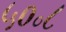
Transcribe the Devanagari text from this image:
५०॰८